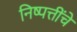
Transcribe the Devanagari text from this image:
निष्पत्तींचे